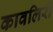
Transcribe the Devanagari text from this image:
कावलिरो